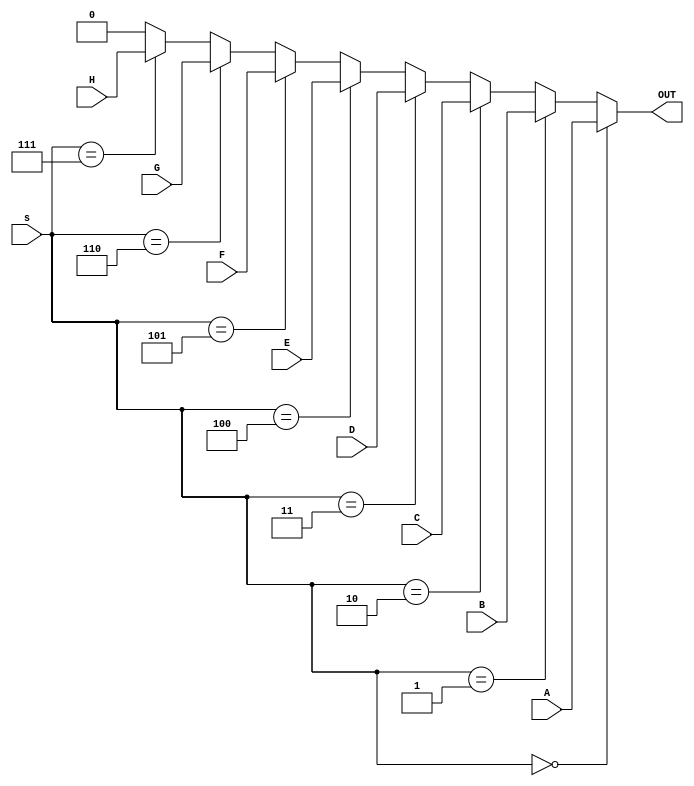
module MUX_8#(parameter N = 1) (A,B,C,D,E,F,G,H,s,OUT);
	input[N - 1:0] A,B,C,D,E,F,G,H;
	input [2:0]s;
	output[N - 1:0] OUT;
	assign OUT = (s == 0)? A :
			(s == 1) ? B:
			(s == 2) ? C:
			(s == 3) ? D:
			(s == 4) ? E:
			(s == 5) ? F:
			(s == 6) ? G:
			(s == 7) ? H:
			0;
endmodule